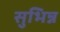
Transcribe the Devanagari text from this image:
सुभिन्न